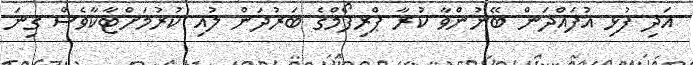
އަދި ފުޅި އުފައްދަން ބޭނުންވާ ކުރާ ޕްރިފޯމްގެ ބަރުދަން ލުއި ކުރުމަށްޓާކާވެސް ގިނަ